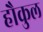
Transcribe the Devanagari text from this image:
हौकुल